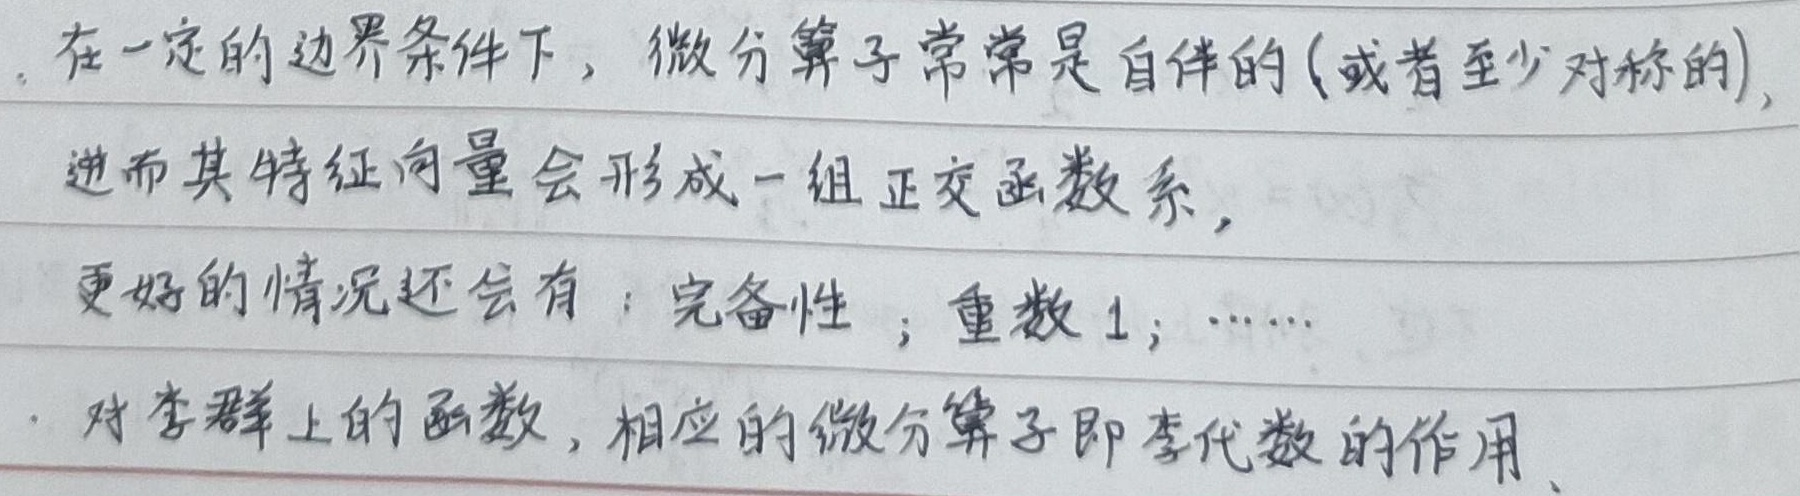
在一定的边界条件下，微分算子常常是自伴的（或者至少对称的），进而其特征向量会形成一组正交函数系，更好的情况还会有：完备性 ；重数 1；……对李群上的函数，相应的微分算子即李代数的作用